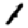
Digit: 1